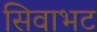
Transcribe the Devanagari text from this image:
सिवाभट